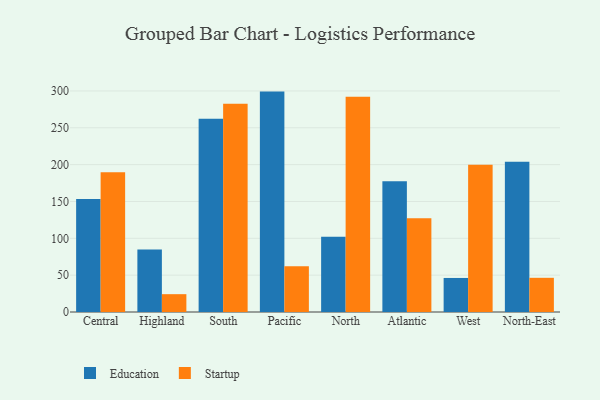
{"axis": {"x": "Region", "y": "Churn Rate (%)"}, "legend": ["Education", "Startup"], "data": [{"x": "Central", "y": 153.5, "type": "Education"}, {"x": "Central", "y": 189.6, "type": "Startup"}, {"x": "Highland", "y": 84.8, "type": "Education"}, {"x": "Highland", "y": 24.2, "type": "Startup"}, {"x": "South", "y": 262.3, "type": "Education"}, {"x": "South", "y": 282.6, "type": "Startup"}, {"x": "Pacific", "y": 299.1, "type": "Education"}, {"x": "Pacific", "y": 62.2, "type": "Startup"}, {"x": "North", "y": 102.2, "type": "Education"}, {"x": "North", "y": 292.2, "type": "Startup"}, {"x": "Atlantic", "y": 177.6, "type": "Education"}, {"x": "Atlantic", "y": 127.1, "type": "Startup"}, {"x": "West", "y": 46.2, "type": "Education"}, {"x": "West", "y": 199.7, "type": "Startup"}, {"x": "North-East", "y": 203.9, "type": "Education"}, {"x": "North-East", "y": 46.4, "type": "Startup"}]}